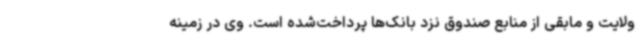
ولایت و مابقی از منابع صندوق نزد بانک‌ها پرداخت‌شده است. وی در زمینه